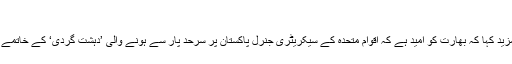
‘
بھارتی اخبار ’دا ہندو‘ کے مطابق بھارتی وزارت خارجہ کے ترجمان نے مزید کہا کہ بھارت کو امید ہے کہ اقوام متحدہ کے سیکریٹری جنرل پاکستان پر سرحد پار سے ہونے والی ’دہشت گردی‘ کے خاتمے کے لیے قابل اعتماد، پائیدار اور ناقابل واپسی اقدام اٹھانے پر زور دیں گے۔